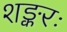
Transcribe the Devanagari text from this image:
शङ्करः